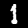
Digit: 1